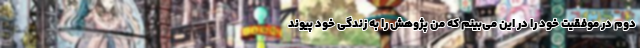
دوم در موفقیت خود را در این می‌بینم که من پژوهش را به زندگی خود پیوند